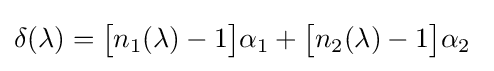
\delta (\lambda )={\big [}n_{1}(\lambda )-1{\big ]}\alpha _{1}+{\big [}n_{2}(\lambda )-1{\big ]}\alpha _{2}\